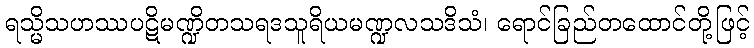
ရသ္မိသဟဿပဋိမဏ္ဍိတသရဒသူရိယမဏ္ဍလသဒိသံ၊ ရောင်ခြည်တထောင်တို့ဖြင့်